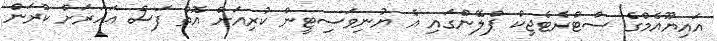
އައިޔޫއެމްގެ ސްޓްރެޓެޖިކް ޕްލޭންގައި އެ ޔުނިވަސިޓީން ކުރިއަށް އޮތް ފަސް އަހަރަށް ކުރަން